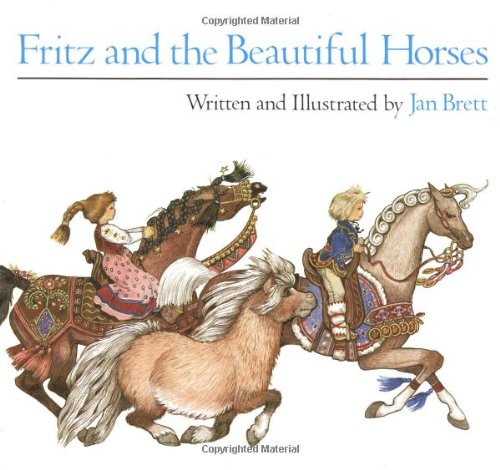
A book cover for Fritz and the Beautiful Horses (Sandpiper Books); Jan Brett; Children's Books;